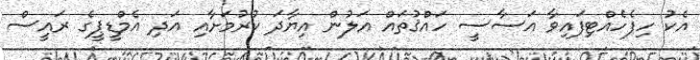
އެކު ހިފެހެއްޓިފައިވާ އަސާސީ ހައްޤުތައް އަލުން އިޔާދަ ކުރުމަށާއި އަދި އެމްޑީޕީގެ ރައީސް